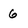
Character: 6